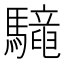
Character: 𩦳